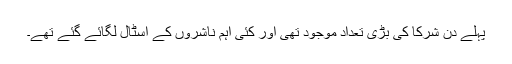
پہلے دن شرکا کی بڑی تعداد موجود تھی اور کئی اہم ناشروں کے اسٹال لگائے گئے تھے۔